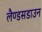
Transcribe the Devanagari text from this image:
लैण्डसडाउन